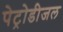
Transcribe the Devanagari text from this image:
पेट्रोडीजल